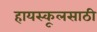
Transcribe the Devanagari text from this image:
हायस्कूलसाठी